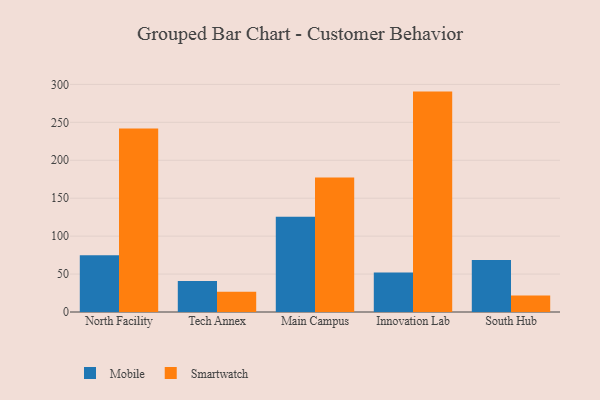
{"axis": {"x": "Campus", "y": "Net Income (USD K)"}, "legend": ["Mobile", "Smartwatch"], "data": [{"x": "North Facility", "y": 74.7, "type": "Mobile"}, {"x": "North Facility", "y": 241.9, "type": "Smartwatch"}, {"x": "Tech Annex", "y": 40.8, "type": "Mobile"}, {"x": "Tech Annex", "y": 26.6, "type": "Smartwatch"}, {"x": "Main Campus", "y": 125.4, "type": "Mobile"}, {"x": "Main Campus", "y": 177.3, "type": "Smartwatch"}, {"x": "Innovation Lab", "y": 51.9, "type": "Mobile"}, {"x": "Innovation Lab", "y": 290.5, "type": "Smartwatch"}, {"x": "South Hub", "y": 68.5, "type": "Mobile"}, {"x": "South Hub", "y": 21.9, "type": "Smartwatch"}]}